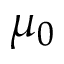
\mu _ { 0 }